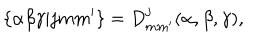
LaTeX: \{ \alpha \beta \gamma | j m m ^ { \prime } \} = D _ { m m ^ { \prime } } ^ { j } ( \alpha , \beta , \gamma ) ,